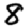
Digit: 8